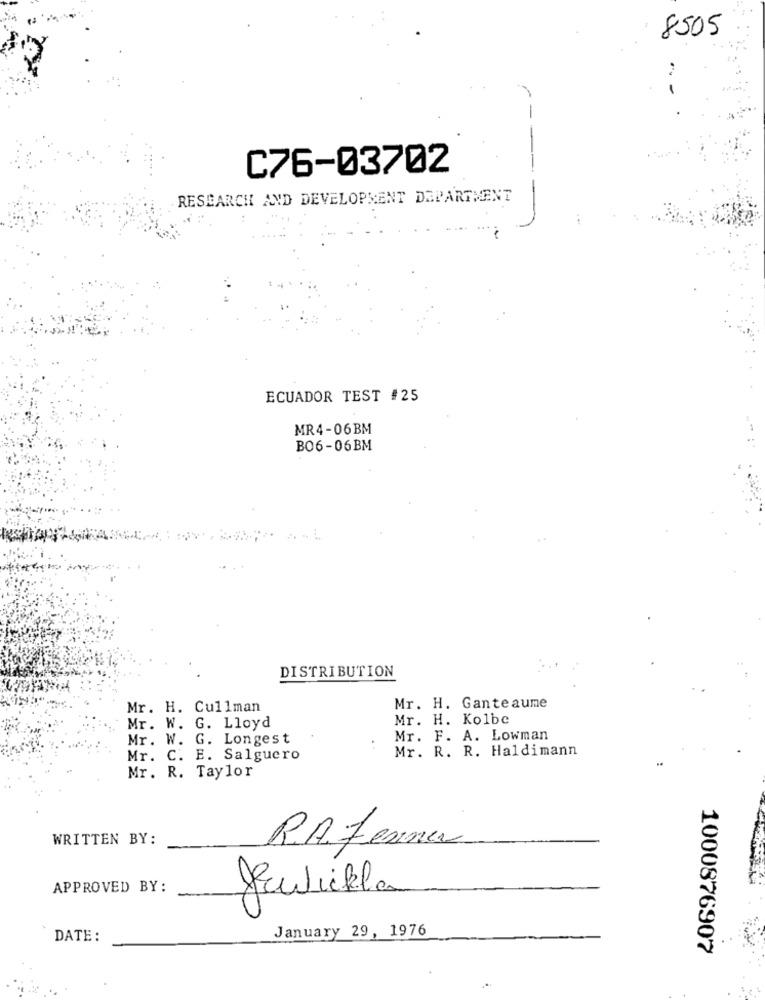
8505
-
-
C76-03702
RESEARCH AND DEVELOPMENT DEPARTMENT
ECUADOR TEST #25
MR4-06BM
BO6-06BM
DISTRIBUTION
Mr. H. Cullman
Mr. H. Ganteaume
Mr. H. Kolbe
Mr. W. G. Lloyd
Mr. W. G. Longest
Mr. F. A. Lowman
Mr. R. R. Haldimann
Mr. C. E. Salguero
Mr. R. Taylor
WRITTEN BY:
R.A. Ferner
APPROVED BY:
kwickla
January 29, 1976
DATE:
1000876907